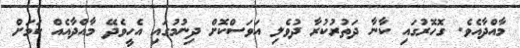
މާއްދާއެވެ. ގޮހޮރުގައި ކާނާ ދަތުރުކުރާ ދުވެލި އަވަސްކޮށް ދިނުމުގައި އެހީވެދޭ މާއްދާއެއް ކަމަށް